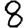
Digit: 8